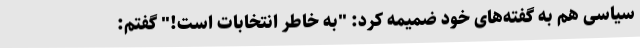
سیاسی هم به گفته‌های خود ضمیمه کرد: "به خاطر انتخابات است!" گفتم: